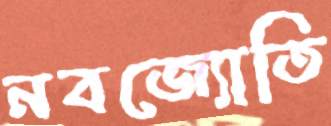
নবজ্যোতি